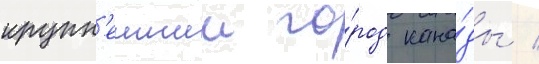
крупн'еишии го́род кана́ды /